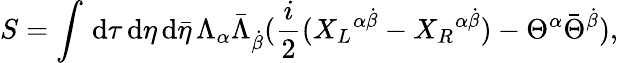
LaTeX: S=\int\, \mathrm{d}\tau\, \mathrm{d}\eta\, \mathrm{d}{\bar{{\eta}}}\, \Lambda_{\alpha}{\bar{{\Lambda}}}_{\dot{{\beta}}}({\frac{{i}}{{2}}}({X_{L}}^{\alpha\dot{{\beta}}}-{X_{R}}^{\alpha\dot{{\beta}}})-\Theta^{\alpha}{\bar{{\Theta}}}^{\dot{{\beta}}}),